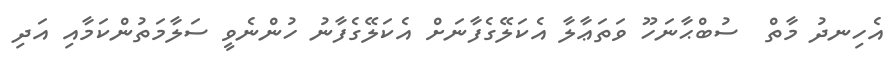
އެހިނދު މާތް  ސުބްޙާނަހޫ ވަތަޢާލާ އެކަލޭގެފާނަށް އެކަލޭގެފާނު ހުންނެވީ ސަލާމަތުންކަމާއި އަދި